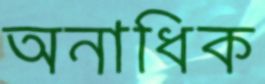
অনাধিক